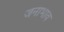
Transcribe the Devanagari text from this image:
जनाभाव